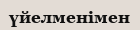
үйелменімен